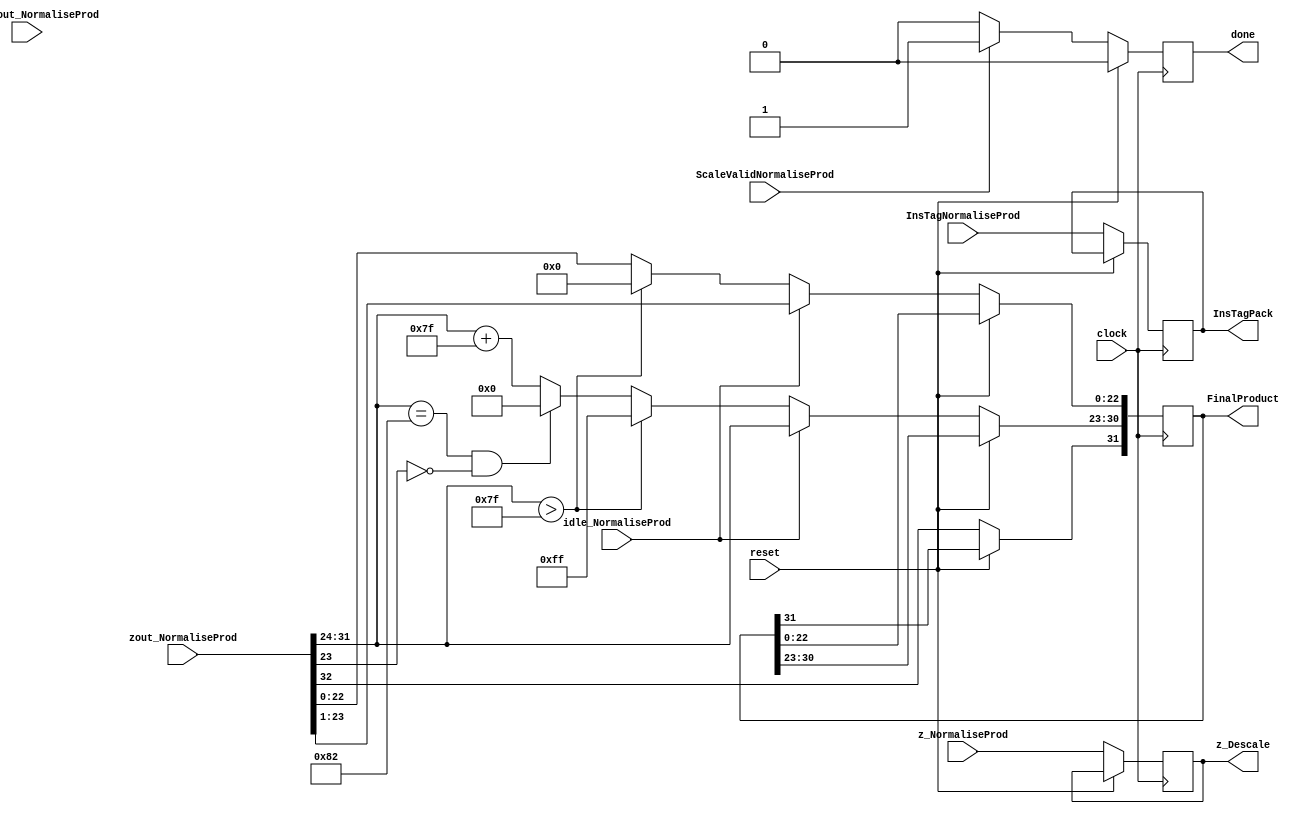
module Pack_z_descale(
	input idle_NormaliseProd,
	input [32:0] zout_NormaliseProd,
	input [49:0] productout_NormaliseProd,
	input [7:0] InsTagNormaliseProd,
	input ScaleValidNormaliseProd,
	input [31:0] z_NormaliseProd,
	input reset,
	input clock,
	output reg done = 1'b0,
	output reg [31:0] FinalProduct,
	output reg [7:0] InsTagPack,
	output reg [31:0] z_Descale
    );

parameter no_idle = 1'b0,
			 put_idle = 1'b1;

wire z_sign;
wire [7:0] z_exponent;
wire [26:0] z_mantissa;

assign z_sign = zout_NormaliseProd[32];
assign z_exponent = zout_NormaliseProd[31:24];
assign z_mantissa = {zout_NormaliseProd[23:0]};

always @ (posedge clock)
begin
	
	if(reset == 1'b1) begin
		done <= 1'b0;
	end
	
	else begin
	z_Descale <= z_NormaliseProd;
	InsTagPack <= InsTagNormaliseProd;
	
	if(ScaleValidNormaliseProd == 1'b1) begin
		done <= 1'b1;
	end
	else begin
		done <= 1'b0;
	end
	
	if (idle_NormaliseProd == no_idle)
	begin
        FinalProduct[22 : 0] <= z_mantissa[22:0];
        FinalProduct[30 : 23] <= z_exponent[7:0] + 127;
        FinalProduct[31] <= z_sign;
        if ($signed(z_exponent) == -126 && z_mantissa[23] == 0) begin
          FinalProduct[30 : 23] <= 0;
        end
        //if overflow occurs, return inf
        if ($signed(z_exponent) > 127) begin
          FinalProduct[22 : 0] <= 0;
          FinalProduct[30 : 23] <= 255;
          FinalProduct[31] <= z_sign;
        end
	end
	
	else begin
		FinalProduct <= zout_NormaliseProd[32:1];
	end
	
	end
end

endmodule